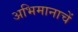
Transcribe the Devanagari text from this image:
अभिमानाचें